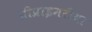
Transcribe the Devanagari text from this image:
प्रीप्राइमरीया